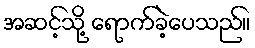
အဆင့်သို့ ရောက်ခဲ့ပေသည်။